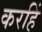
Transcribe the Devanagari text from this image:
करहिं